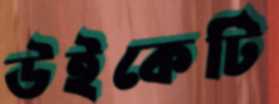
উইকেটি